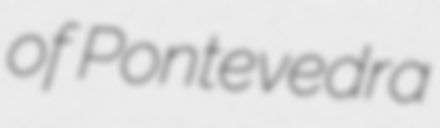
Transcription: of Pontevedra